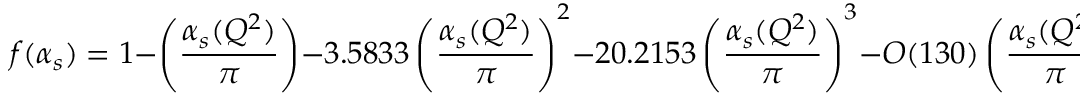
f ( \alpha _ { s } ) = 1 - \left( \frac { \alpha _ { s } ( Q ^ { 2 } ) } { \pi } \right) - 3 . 5 8 3 3 \left( \frac { \alpha _ { s } ( Q ^ { 2 } ) } { \pi } \right) ^ { 2 } - 2 0 . 2 1 5 3 \left( \frac { \alpha _ { s } ( Q ^ { 2 } ) } { \pi } \right) ^ { 3 } - { \cal O } ( 1 3 0 ) \left( \frac { \alpha _ { s } ( Q ^ { 2 } ) } { \pi } \right) ^ { 4 }